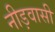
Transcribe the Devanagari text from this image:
नीड़वासी